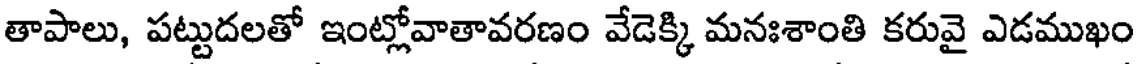
తాపాలు, పట్టుదలతో ఇంట్లోవాతావరణం వేడెక్కి మనఃశాంతి కరువై ఎడముఖం